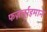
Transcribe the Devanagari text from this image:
फज़लुर्रहमान